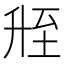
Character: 𬛲